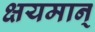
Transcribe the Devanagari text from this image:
क्षयमान्